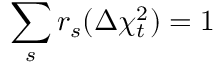
\sum _ { s } r _ { s } ( \Delta \chi _ { t } ^ { 2 } ) = 1